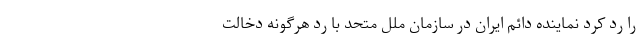
را رد کرد نماینده دائم ایران در سازمان ملل متحد با رد هرگونه دخالت